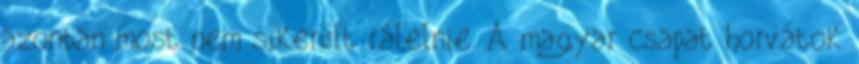
azonban most nem sikerült rálelnie. A magyar csapat horvátok